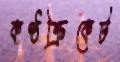
কণ্ঠক্রিকেট